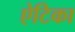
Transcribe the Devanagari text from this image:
ऐटिका